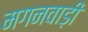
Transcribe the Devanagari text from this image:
मगनवाड़ी